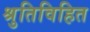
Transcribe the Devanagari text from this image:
श्रुतिविहित